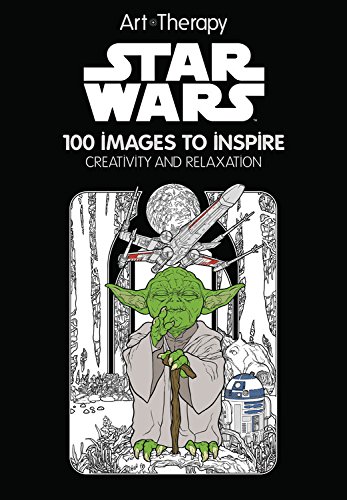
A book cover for Star Wars: 100 Images to Inspire Creativity and Relaxation (Art Therapy); Catherine Saunier-Talec; Humor & Entertainment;